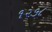
૧૨૭૮